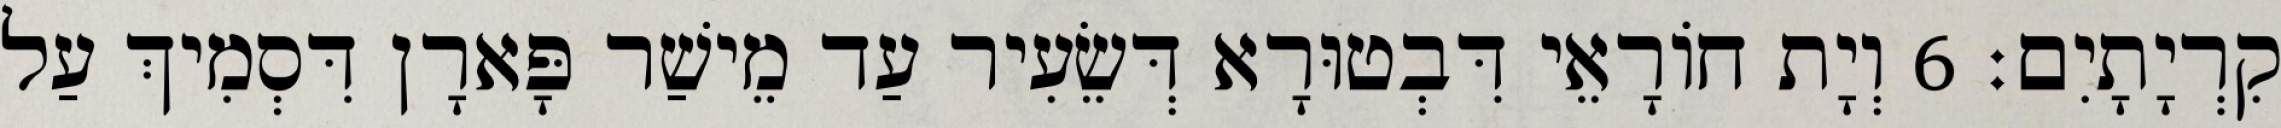
קִרְיָתָיִם׃ 6 וְיָת חוֹרָאֵי דִּבְטוּרָא דְּשֵׂעִיר עַד מֵישַׁר פָּארָן דִּסְמִיךְ עַל